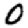
Digit: 0